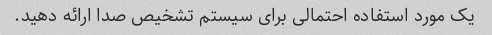
یک مورد استفاده احتمالی برای سیستم تشخیص صدا ارائه دهید.